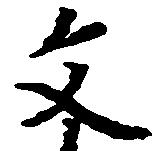
文